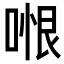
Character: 𭉆